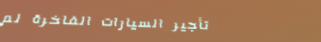
تأجير السيارات الفاخرة لم